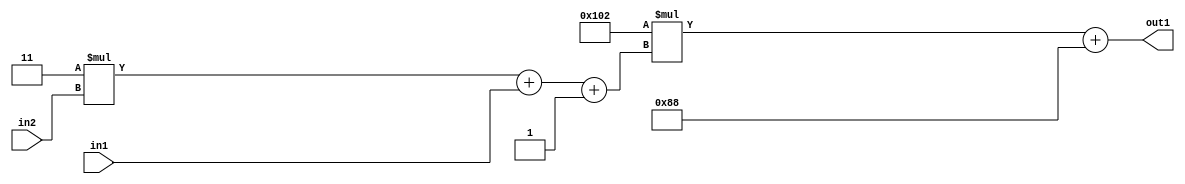
`timescale 1ps / 1ps
/*****************************************************************************
    Verilog RTL Description
    
    
    Created by: Stratus DpOpt 2019.1.01 
*******************************************************************************/

module DC_Filter_Add2i136Mul2i258Add3i1u1Mul2i3u2_4 (
	in2,
	in1,
	out1
	); /* architecture "behavioural" */ 
input [1:0] in2;
input  in1;
output [11:0] out1;
wire [11:0] asc001;
wire [3:0] asc002;

wire [3:0] asc002_tmp_0;
wire [3:0] asc002_tmp_1;
assign asc002_tmp_1 = 
	+(4'B0011 * in2);
assign asc002_tmp_0 = asc002_tmp_1
	+(in1);
assign asc002 = asc002_tmp_0
	+(4'B0001);

wire [11:0] asc001_tmp_2;
assign asc001_tmp_2 = 
	+(12'B000100000010 * asc002);
assign asc001 = asc001_tmp_2
	+(12'B000010001000);

assign out1 = asc001;
endmodule

/* CADENCE  vrP0Qg8= : u9/ySgnWtBlWxVPRXgAZ4Og= ** DO NOT EDIT THIS LINE ******/